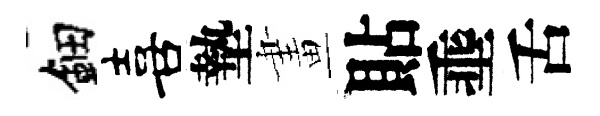
鈿喜墊畫貼埀舌